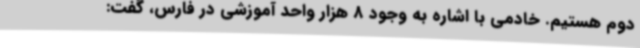
دوم هستیم. خادمی با اشاره به وجود 8 هزار واحد آموزشی در فارس، گفت: